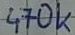
Text: 470k